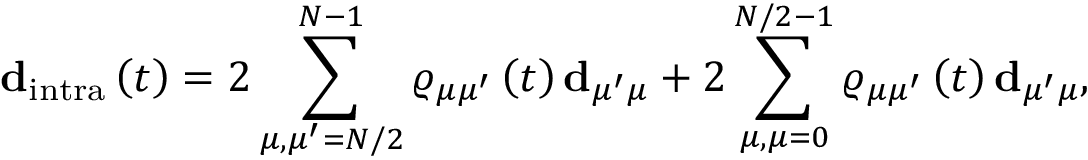
\mathbf { d } _ { \mathrm { i n t r a } } \left( t \right) = 2 \sum _ { \mu , \mu ^ { \prime } = N / 2 } ^ { N - 1 } \varrho _ { \mu \mu ^ { \prime } } \left( t \right) \mathbf { d } _ { \mu ^ { \prime } \mu } + 2 \sum _ { \mu , \mu = 0 } ^ { N / 2 - 1 } \varrho _ { \mu \mu ^ { \prime } } \left( t \right) \mathbf { d } _ { \mu ^ { \prime } \mu } ,